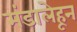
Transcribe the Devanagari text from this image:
मंडालेहून